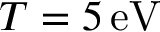
T = 5 \, \mathrm { e V }